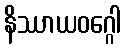
နိဿာယဝဂ္ဂေါ